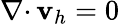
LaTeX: {{\nabla\cdot}\, }{\mathbf v}_{h}=0